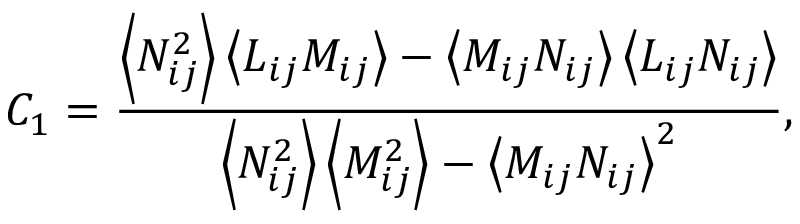
{ C _ { 1 } } = \frac { { \left\langle { N _ { i j } ^ { 2 } } \right\rangle \left\langle { { L } _ { i j } { M _ { i j } } } \right\rangle - \left\langle { { M _ { i j } } { N _ { i j } } } \right\rangle \left\langle { { L } _ { i j } { N _ { i j } } } \right\rangle } } { { \left\langle { N _ { i j } ^ { 2 } } \right\rangle \left\langle { M _ { i j } ^ { 2 } } \right\rangle - { { \left\langle { { M _ { i j } } { N _ { i j } } } \right\rangle } ^ { 2 } } } } ,